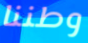
وطننا